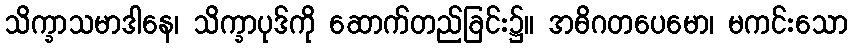
သိက္ခာသမာဒါနေ၊ သိက္ခာပုဒ်ကို ဆောက်တည်ခြင်း၌။ အဓိဂတပေမော၊ မကင်းသော